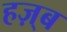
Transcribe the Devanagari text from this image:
हज़्ब